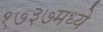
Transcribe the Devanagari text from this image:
१७३७मध्ये